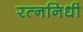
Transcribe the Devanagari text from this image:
रत्‍ननिधी